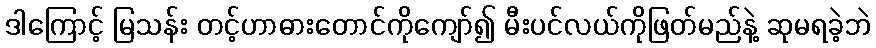
ဒါကြောင့် မြသန်း တင့်ဟာဓားတောင်ကိုကျော်၍ မီးပင်လယ်ကိုဖြတ်မည်နဲ့ ဆုမရခဲ့ဘဲ